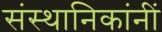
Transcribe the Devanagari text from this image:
संस्थानिकांनीं